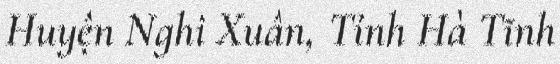
Huyện Nghi Xuân, Tỉnh Hà Tĩnh